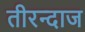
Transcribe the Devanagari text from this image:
तीरन्दाज